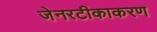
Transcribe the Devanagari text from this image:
जेनरटीकाकरण